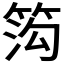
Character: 𬕋